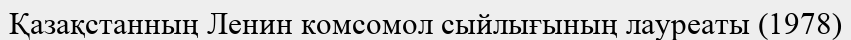
Қазақстанның Ленин комсомол сыйлығының лауреаты (1978)